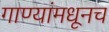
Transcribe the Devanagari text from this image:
गाण्यांमधूनच